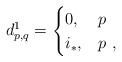
\begin{align*}d^1_{p,q}=\begin{cases}0, & p \,\, \\i_{*}, & p \,\, ,\end{cases}\end{align*}